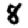
Digit: 8